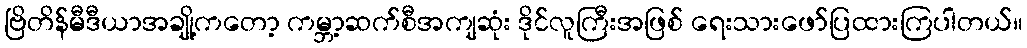
ဗြိတိန်မီဒီယာအချို့ကတော့ ကမ္ဘာ့ဆက်စီအကျဆုံး ဒိုင်လူကြီးအဖြစ် ရေးသားဖော်ပြထားကြပါတယ်။